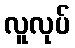
လူလုပ်